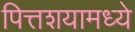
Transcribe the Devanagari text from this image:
पित्तशयामध्ये